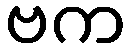
ဗက